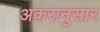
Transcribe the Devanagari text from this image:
अकरानुसार